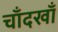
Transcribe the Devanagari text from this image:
चाँदखाँ